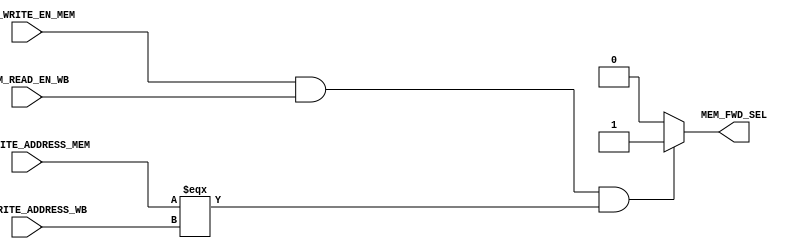
module mem_fwd_unit(
    // inputs
    MEM_WRITE_EN_MEM,
    REG_WRITE_ADDRESS_MEM,
    MEM_READ_EN_WB,
    REG_WRITE_ADDRESS_WB,
    // outputs
    MEM_FWD_SEL
);

    input MEM_WRITE_EN_MEM;
    input [4:0] REG_WRITE_ADDRESS_MEM;
    input MEM_READ_EN_WB;
    input [4:0] REG_WRITE_ADDRESS_WB;

    output reg MEM_FWD_SEL;

    always @ (*)
    begin
    if (MEM_WRITE_EN_MEM && MEM_READ_EN_WB && (REG_WRITE_ADDRESS_MEM === REG_WRITE_ADDRESS_WB))
        MEM_FWD_SEL = 1'b1;
    else
        MEM_FWD_SEL = 1'b0;
    end

endmodule